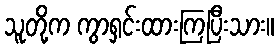
သူတို့က ကွာရှင်းထားကြပြီးသား။